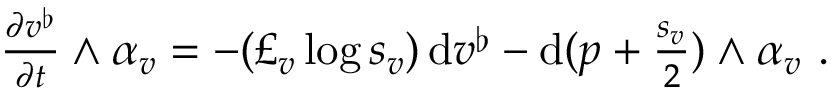
\begin{array} { r } { \frac { \partial v ^ { \flat } } { \partial t } \wedge \alpha _ { v } = - ( \pounds _ { v } \log s _ { v } ) \, \mathrm { d } v ^ { \flat } - \mathrm { d } ( p + \frac { s _ { v } } { 2 } ) \wedge \alpha _ { v } \ . } \end{array}